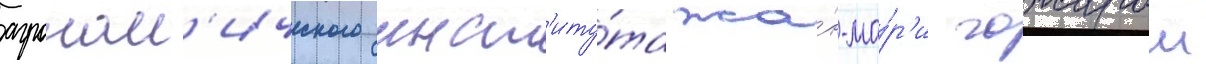
агроном'ического инст'иту́та жа́н-ма́р'и гожаром